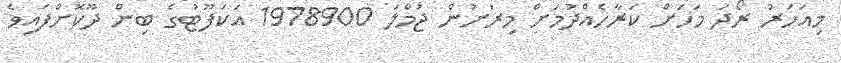
މިއަހަރު ރޯދަ މަހަށް ކަރާހެއްދުމަށް މިރަށުން ޖުމްލަ 1978900 އަކަފޫޓުގެ ބިން ދޫކޮށްފައިވެ